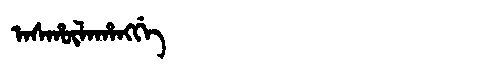
Manchu: ᠠᠰᡥᡡᠯᠠᡥᠠᠩᡤᡝ
Romanization: ASHŪLAHANGGE